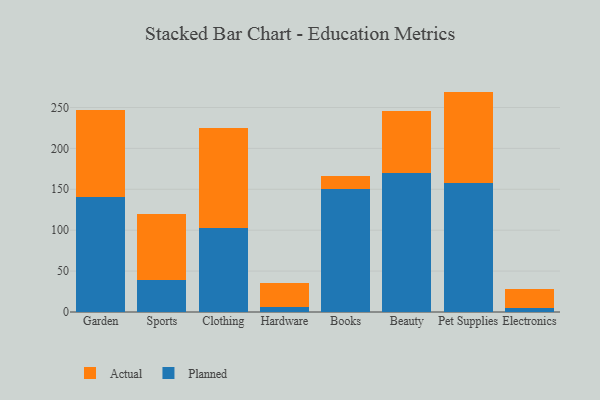
{"axis": {"x": "Category", "y": "Conversion Rate (%)"}, "legend": ["Actual", "Planned"], "data": [{"x": "Garden", "y": 141.1, "type": "Planned"}, {"x": "Garden", "y": 106.4, "type": "Actual"}, {"x": "Sports", "y": 38.6, "type": "Planned"}, {"x": "Sports", "y": 81.1, "type": "Actual"}, {"x": "Clothing", "y": 103.1, "type": "Planned"}, {"x": "Clothing", "y": 122.0, "type": "Actual"}, {"x": "Hardware", "y": 6.2, "type": "Planned"}, {"x": "Hardware", "y": 28.9, "type": "Actual"}, {"x": "Books", "y": 150.0, "type": "Planned"}, {"x": "Books", "y": 16.5, "type": "Actual"}, {"x": "Beauty", "y": 170.4, "type": "Planned"}, {"x": "Beauty", "y": 74.7, "type": "Actual"}, {"x": "Pet Supplies", "y": 157.8, "type": "Planned"}, {"x": "Pet Supplies", "y": 111.6, "type": "Actual"}, {"x": "Electronics", "y": 5.3, "type": "Planned"}, {"x": "Electronics", "y": 22.4, "type": "Actual"}]}